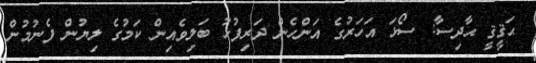
ޙަޤީޤީ ޙާދިސާ: ސޯޅަ އަހަރުގެ އަންހެން ދަރިފުޅު ބަލިވެއިން ކަމުގެ ލިޔުން ފެނުމުން